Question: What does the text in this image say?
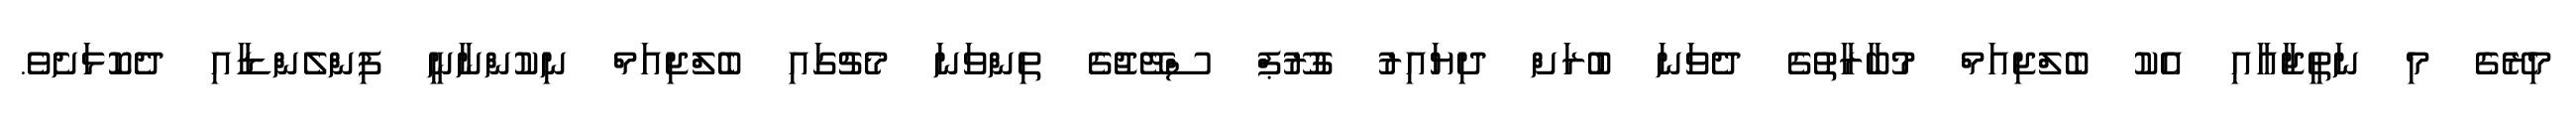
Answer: މިރޭގެ މި ނަތީޖާއާއި އެކު ބެލްޖިއަމް މުބާރާތުގެ ދެވަނަ ބުރަށް ދިޔައިރު ގުރޫޕް ސްޓޭޖުގެ ތިންވަނަ މެޗުގައި ބެލްޖިއަމް ނިކުންނާނީ ފިންލެންޑާއި ދެކޮޅަށެވެ.